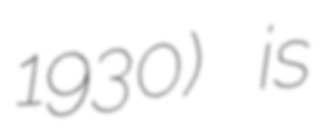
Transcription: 1930) is